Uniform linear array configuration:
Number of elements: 4
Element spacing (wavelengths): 0.25
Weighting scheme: binomial
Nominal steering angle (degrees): -30
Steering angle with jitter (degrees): -30.698
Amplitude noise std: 0.05
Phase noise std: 0.05

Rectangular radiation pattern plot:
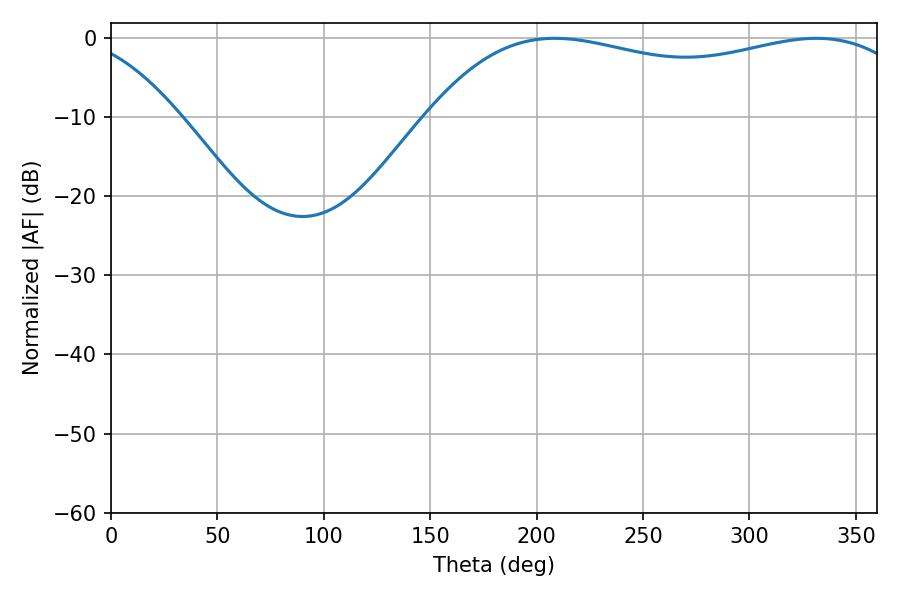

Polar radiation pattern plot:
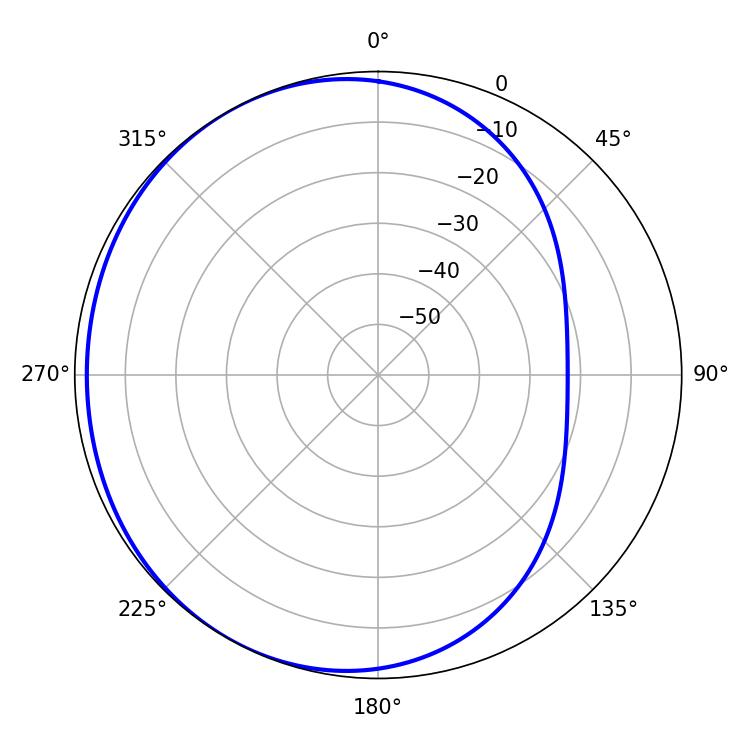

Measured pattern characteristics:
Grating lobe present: FALSE
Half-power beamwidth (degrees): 186.48
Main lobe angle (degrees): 208.44